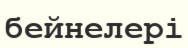
бейнелері